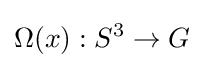
\Omega (x):S^{3}\rightarrow G